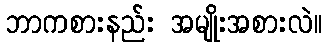
ဘာကစားနည်း အမျိုးအစားလဲ။